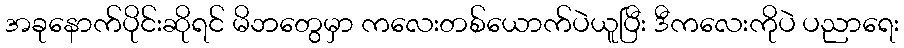
အခုနောက်ပိုင်းဆိုရင် မိဘတွေမှာ ကလေးတစ်ယောက်ပဲယူပြီး ဒီကလေးကိုပဲ ပညာရေး